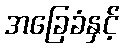
အခြေခံနှင့်